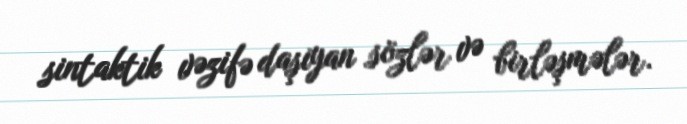
sintaktik vəzifə daşıyan sözlər və birləşmələr.